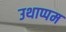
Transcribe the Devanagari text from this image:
उथाप्पम